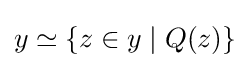
y\simeq \{z\in y\mid Q(z)\}